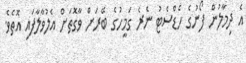
އެ ދިމާލުން ފޯނުގެ ހެޑްސެޓު ނެރެ ގަމީހުގެ ބޭރަށް ވާގޮތަށް އެލުވާލާފައި އޮތެވެ.